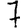
Digit: 7